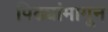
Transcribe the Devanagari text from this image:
पिढ्यांमागून